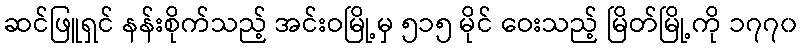
ဆင်ဖြူရှင် နန်းစိုက်သည့် အင်းဝမြို့မှ ၅၁၅ မိုင် ဝေးသည့် မြိတ်မြို့ကို ၁၇၇၀